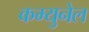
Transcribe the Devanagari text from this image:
कम्युनेल